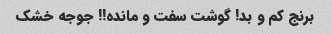
برنج کم و بد! گوشت سفت و مانده!! جوجه خشک